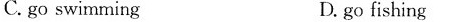
C.go swimming D.gofishing